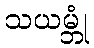
သယမ္ဘုံ